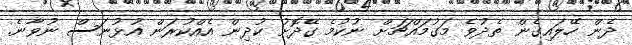
ދެން ހޭލައިގެން ތެދުވެ މަގުމައްޗަށް ނުކުމެ ގޭދޮށު ކުދިން އެއްކުރަން އުޅުނަސް ނުވާނެ.